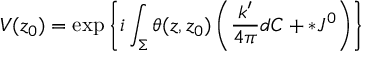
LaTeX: V ( z _ { 0 } ) = \exp \left\{ i \int _ { \Sigma } \theta ( z , z _ { 0 } ) \left( \frac { k ^ { \prime } } { 4 \pi } d C + * J ^ { 0 } \right) \right\}